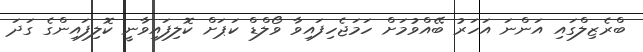
ބްރެޒިލްގައި އަންނަ އަހަރު ބޭއްވުމަށް ހަމަޖެހިފައިވާ ވޯލްޑް ކަޕަށް ކޮލިފައިވާނީ ކޮލިފައިންގެ ގަދަ